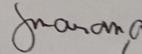
Signature authenticity: genuine